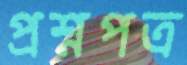
প্রশ্নপত্র